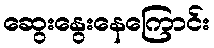
ဆွေးနွေးနေကြောင်း